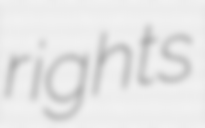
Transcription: rights